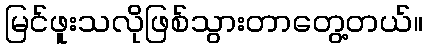
မြင်ဖူးသလိုဖြစ်သွားတာတွေ့တယ်။